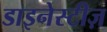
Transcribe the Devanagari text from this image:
डाइनेस्टीज़